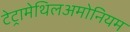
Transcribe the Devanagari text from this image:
टेट्रामेथिलअमोनियम